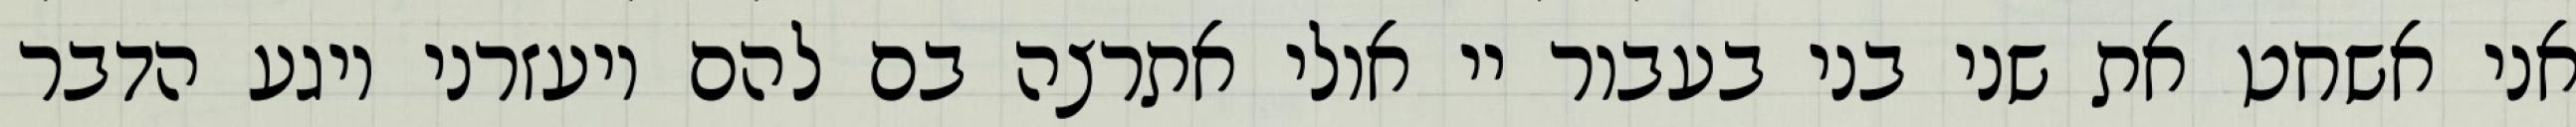
אני אשחט את שני בני בעבור יי אולי אתרצה בם להם ויעזרני ויגע הדבר